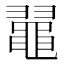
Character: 𪓥